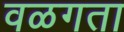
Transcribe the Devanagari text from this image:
वळगता